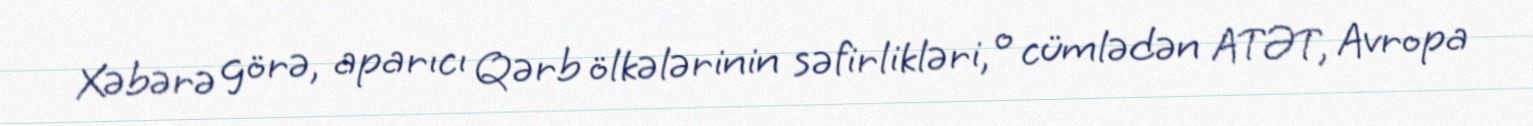
Xəbərə görə, aparıcı Qərb ölkələrinin səfirlikləri, o cümlədən ATƏT, Avropa